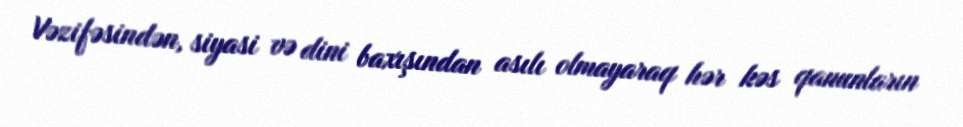
Vəzifəsindən, siyasi və dini baxışından asılı olmayaraq hər kəs qanunların